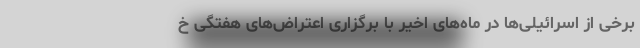
برخی از اسرائیلی‌ها در ماه‌های اخیر با برگزاری اعتراض‌های هفتگی خ